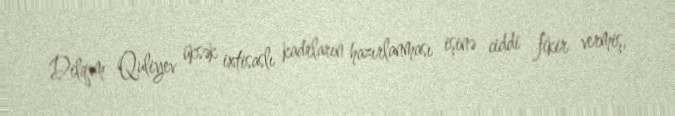
Dilqəm Quliyev üksək ixtisaslı kadrların hazırlanması işinə ciddi fikir vermiş,